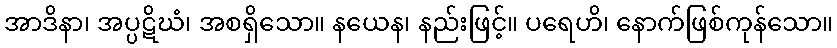
အာဒိနာ၊ အပ္ပဋိဃံ၊ အစရှိသော။ နယေန၊ နည်းဖြင့်။ ပရေဟိ၊ နောက်ဖြစ်ကုန်သော။